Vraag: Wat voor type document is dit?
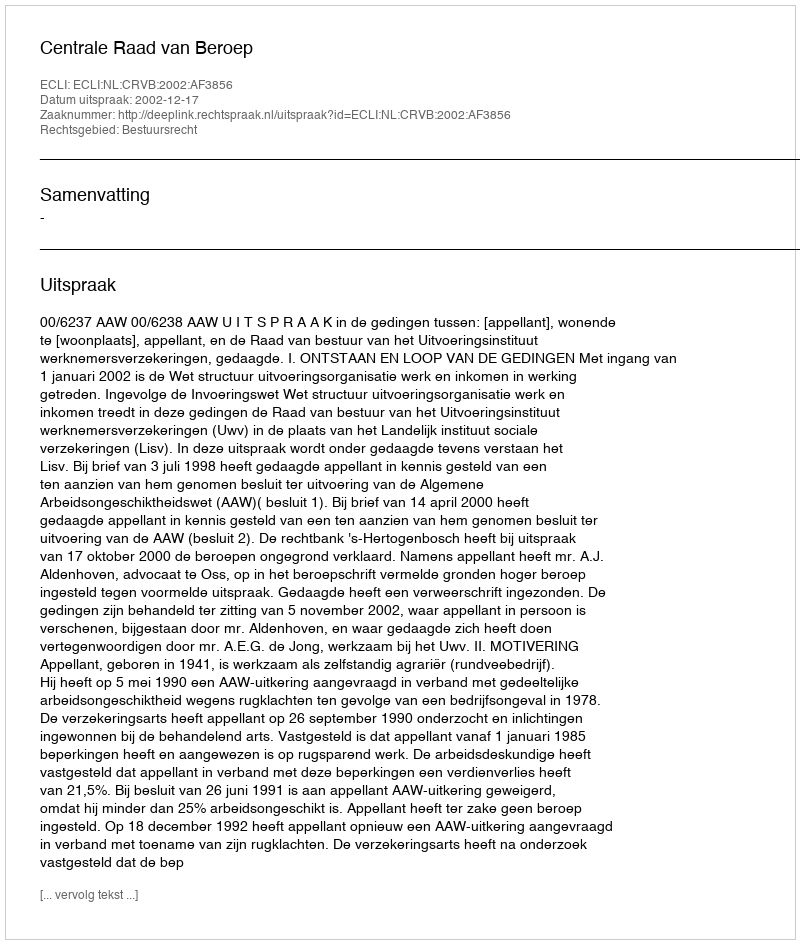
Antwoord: Uitspraak